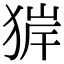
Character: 𤟉